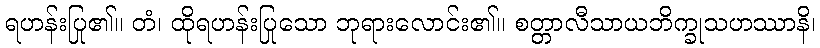
ရဟန်းပြု၏။ တံ၊ ထိုရဟန်းပြုသော ဘုရားလောင်း၏။ စတ္တာလီသာယဘိက္ခုသဟဿာနိ၊